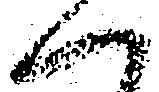
へ